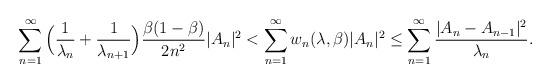
LaTeX: \begin{align*}\displaystyle\sum_{n=1}^{\infty}\Big(\frac{1}{\lambda_{n}}+\frac{1}{\lambda_{n+1}}\Big)\frac{\beta(1-\beta)}{2n^{2}}|A_{n}|^{2}& < \displaystyle\sum_{n=1}^{\infty}w_{n}(\lambda,\beta)|A_{n}|^{2} \leq \displaystyle\sum_{n=1}^{\infty}\frac{|A_{n}-A_{n-1}|^{2}}{\lambda_{n}}.\end{align*}